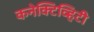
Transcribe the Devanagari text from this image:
कनेक्टिव्हिटी